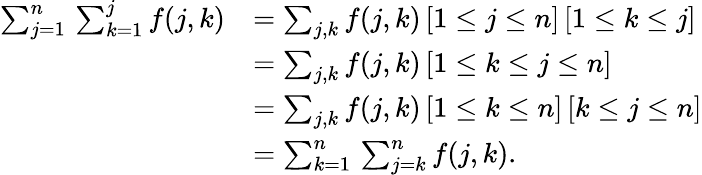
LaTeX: {\begin{array}{rl}{\sum_{j=1}^{n}\, \sum_{k=1}^{j}f(j,k)}&{=\sum_{j,k}f(j,k)\, [1\leq j\leq n]\, [1\leq k\leq j]}\\ &{=\sum_{j,k}f(j,k)\, [1\leq k\leq j\leq n]}\\ &{=\sum_{j,k}f(j,k)\, [1\leq k\leq n]\, [k\leq j\leq n]}\\ &{=\sum_{k=1}^{n}\, \sum_{j=k}^{n}f(j,k).}\end{array}}